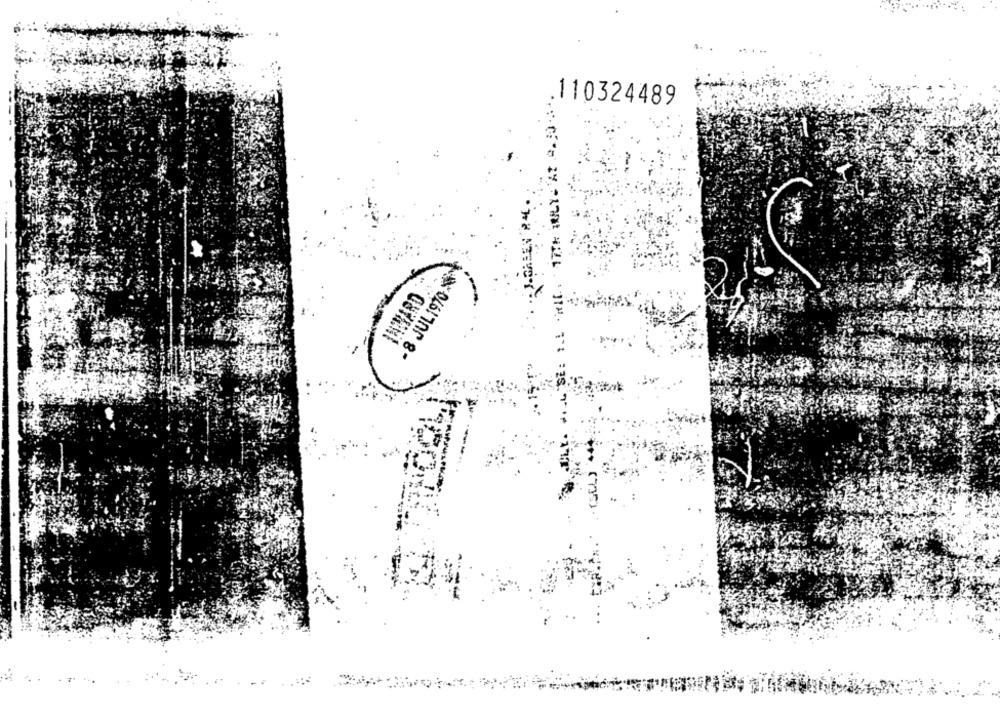
110324489
-8 JUL 1970 6